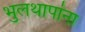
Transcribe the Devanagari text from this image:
भुलथापांना